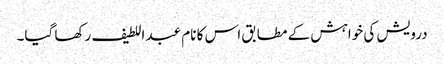
درویش کی خواہش کے مطابق اس کا نام عبد اللطیف رکھا گیا۔